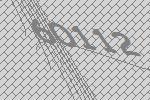
60112